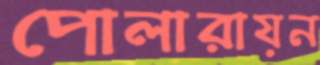
পোলারায়ন